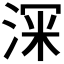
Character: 𭰹